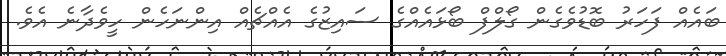
ބައެއް ފަހަރު ބޮޑުވެގެން ގޯލްފް ބޯޅައެއްގެ ސައިޒުގެ އެއްޗެއް އިންނަހެން ހީވެދާނެ އެވެ.